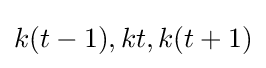
k(t-1),kt,k(t+1)